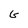
Character: G